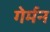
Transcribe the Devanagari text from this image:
गेर्मन